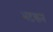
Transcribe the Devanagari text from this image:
भटकन